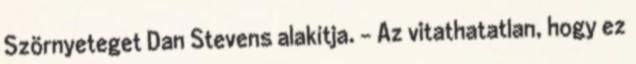
Szörnyeteget Dan Stevens alakítja. - Az vitathatatlan, hogy ez